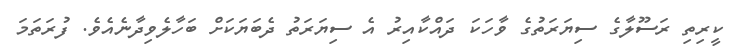
ކީރިތި ރަސޫލާގެ ސިޔަރަތުގެ ވާހަކަ ދައްކާއިރު އެ ސިޔަރަތު ދެބަޔަކަށް ބަހާލެވިދާނެއެވެ. ފުރަތަމަ